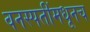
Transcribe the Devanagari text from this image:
वनस्पतींमधूनच